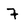
Character: 7